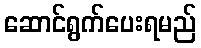
ဆောင်ရွက်ပေးရမည်